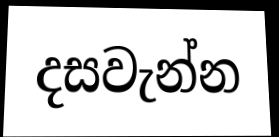
දසවැන්න